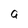
Character: a